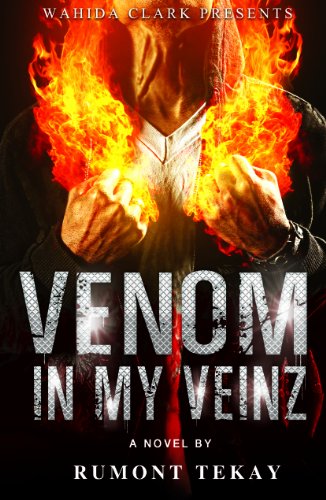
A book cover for Venom in My Veinz (Wahida Clark Presents); Rumont Tekay; Romance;